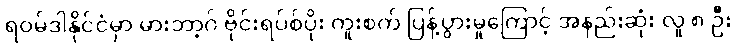
ရဝမ်ဒါနိုင်ငံမှာ မားဘာ့ဂ် ဗိုင်းရပ်စ်ပိုး ကူးစက် ပြန့်ပွားမှုကြောင့် အနည်းဆုံး လူ ၈ ဦး